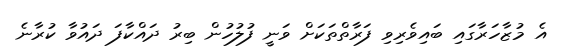
އެ މުޒާހަރާގައި ބައިވެރިވި ފަރާތްތަކަށް ވަނީ ފުލުހުން ބިރު ދައްކާފަ ދައުވާ ކުރާނެ